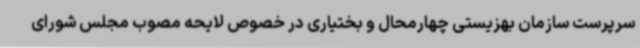
سرپرست سازمان بهزیستی چهارمحال و بختیاری در خصوص لایحه مصوب مجلس شورای